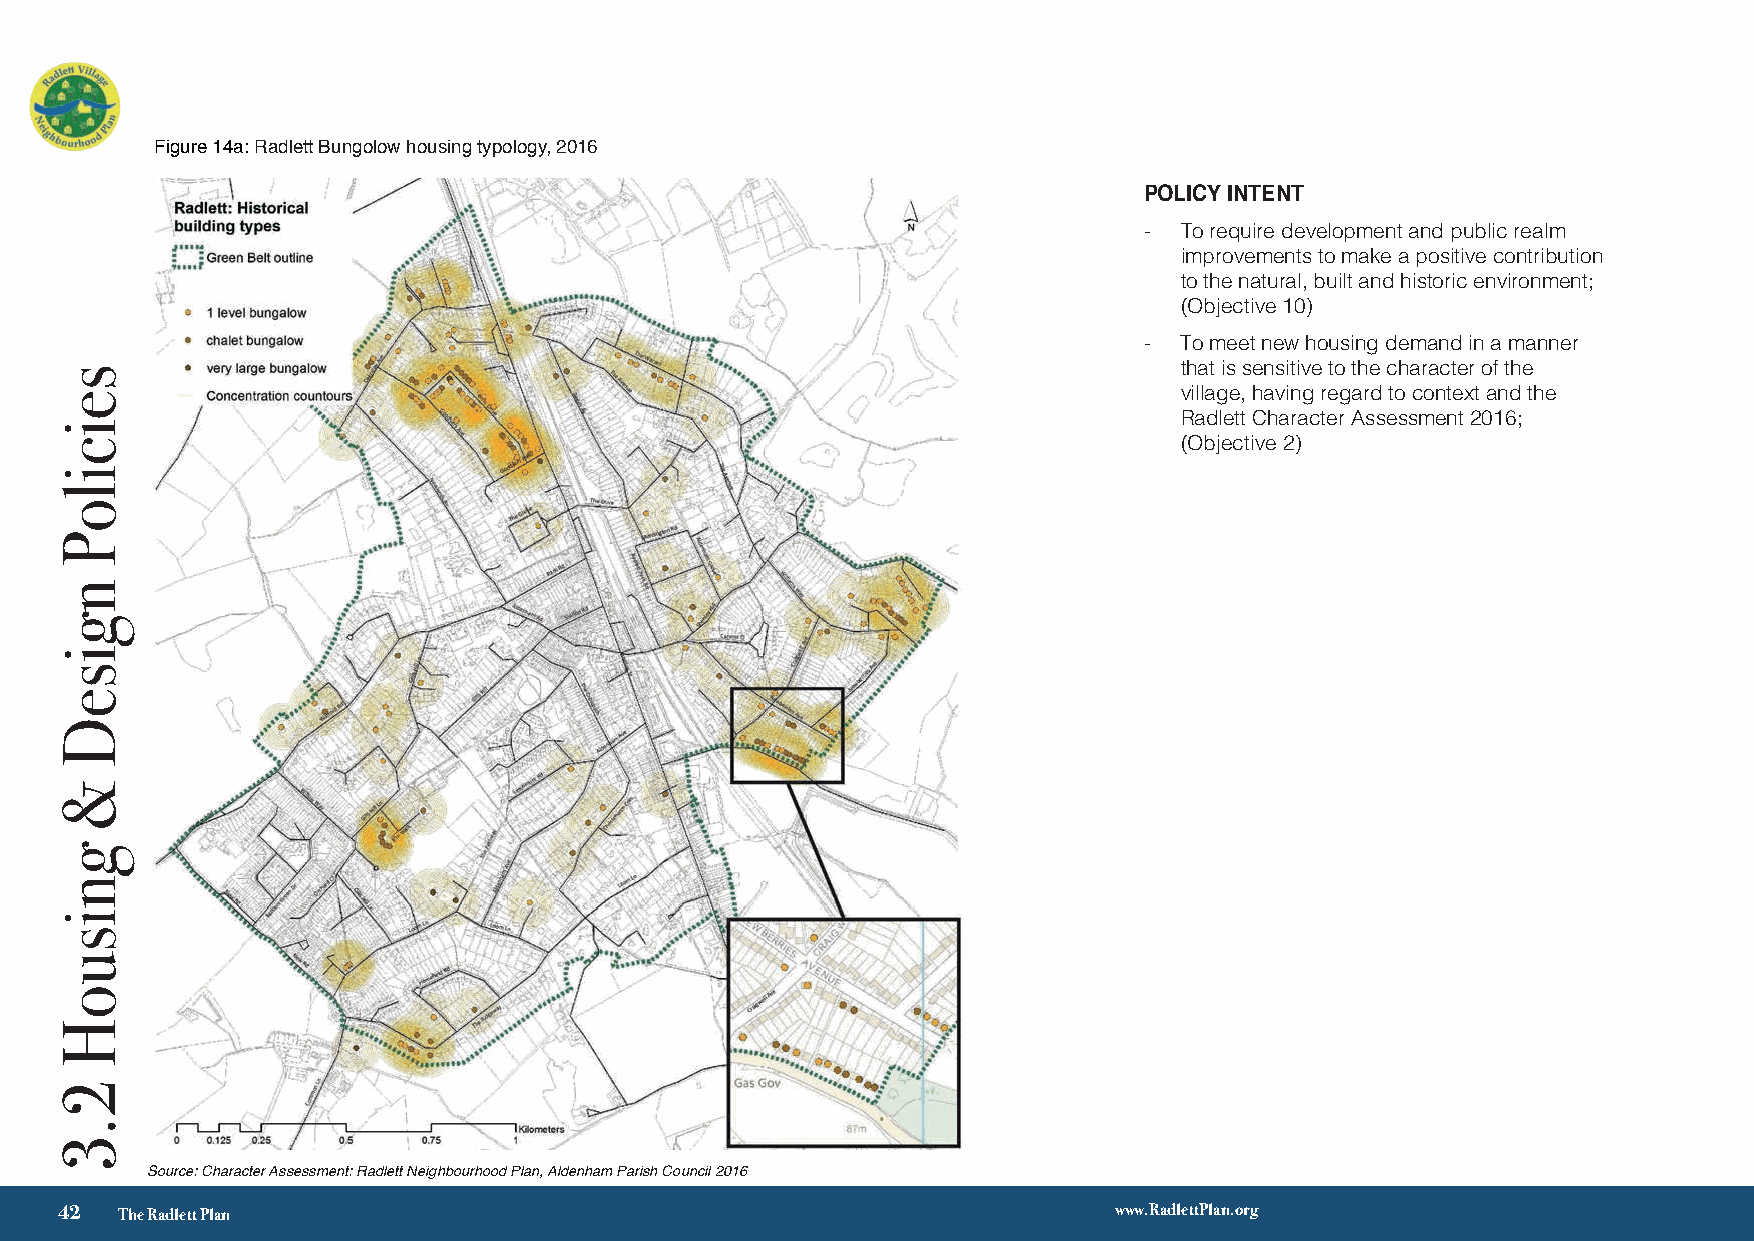
Figure 14a: Radlett Bungolow housing typology, 2016
 POLICY INTENT
 - To require development and public realm
 improvements to make a positive contribution
 to the natural, built and historic environment;
 (Objective 10)
 - To meet new housing demand in a manner
 that is sensitive to the character of the
 village, having regard to context and the
 Radlett Character Assessment 2016;
 (Objective 2)
 Source: Character Assessment: Radlett Neighbourhood Plan, Aldenham Parish Council 2016
 √ 3
 42  The Radlett Plan                                                  www.RadlettPlan.org
 seicsieliocPil
 onPg
 insegDise
 &D
 g
 gnniissuuooHH
 2
 4.03